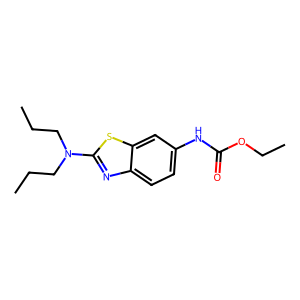
SMILES: CCCN(CCC)c1nc2ccc(NC(=O)OCC)cc2s1
Inhibits HIV replication: No